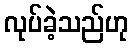
လုပ်ခဲ့သည်ဟု